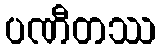
ပဏီတဿ